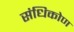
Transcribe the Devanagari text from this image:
संधिकोण